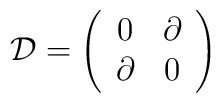
\mathcal{D}=\left( \begin{array}{cc}0 & \partial \\\partial  & 0\end{array}\right)